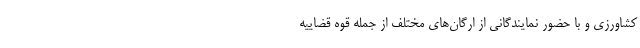
کشاورزی و با حضور نمایندگانی از ارگان‌های مختلف از جمله قوه قضاییه